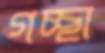
গচ্ছা